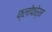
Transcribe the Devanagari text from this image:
फ्लोफोर्म